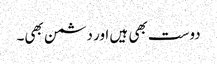
دوست بھی ہیں اور دشمن بھی۔